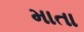
માતા